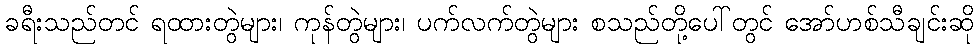
ခရီးသည်တင် ရထားတွဲများ၊ ကုန်တွဲများ၊ ပက်လက်တွဲများ စသည်တို့ပေါ်တွင် အော်ဟစ်သီချင်းဆို